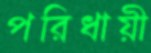
পরিধায়ী